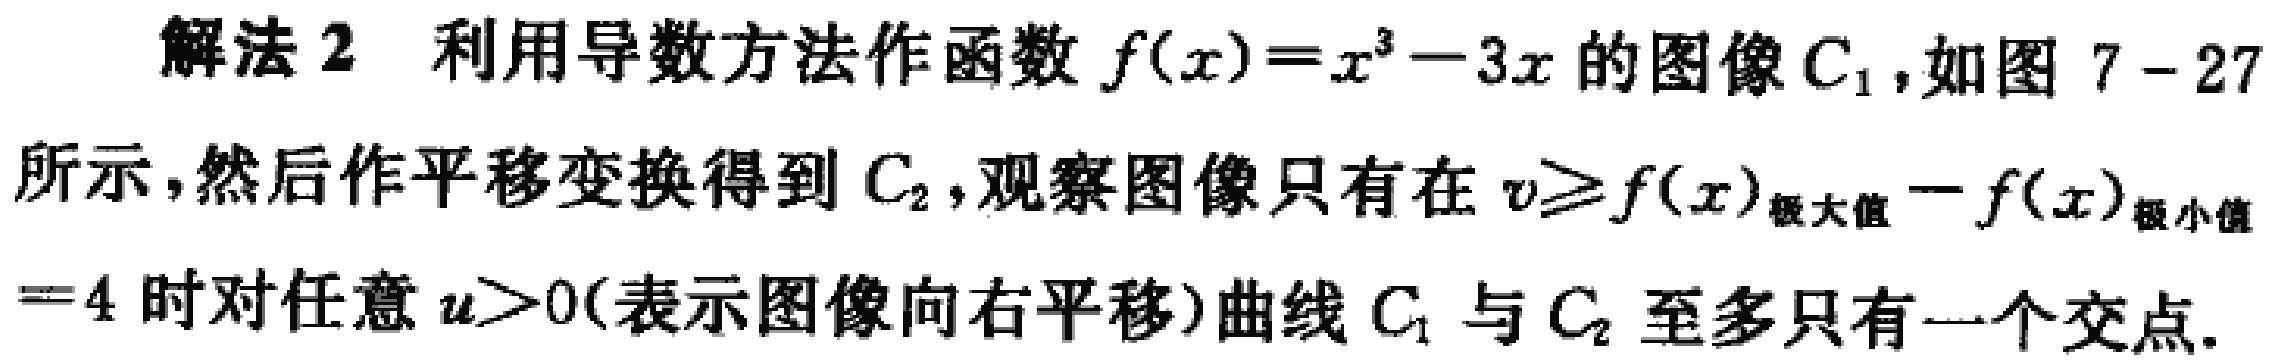
解法 2 利用导数方法作函数 \(f(x)=x^{3}-3x\) 的图像 \(C_{1}\)，如图 7 - 27 所示，然后作平移变换得到 \(C_{2}\)，观察图像只有在 \(v\geqslant f(x)_{极大值}-f(x)_{极小值}=4\) 时对任意 \(u > 0\)（表示图像向右平移）曲线 \(C_{1}\) 与 \(C_{2}\) 至多只有一个交点.